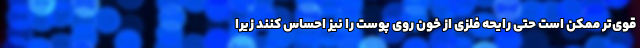
قوی‌تر ممکن است حتی رایحه فلزی از خون روی پوست را نیز احساس کنند زیرا